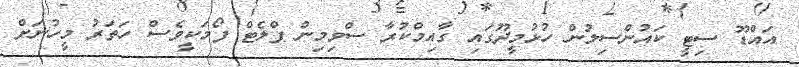
އައްޑޫ ސިޓީ ކައުންސިލުން ހުޅުމީދޫގައި ގާއިމްކުރާ ސްވިމިން ޕްލެޓް ފޯމަކީވެސް ހަތަރު މީހުނަށް